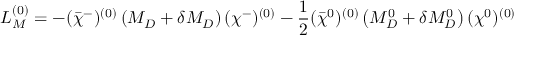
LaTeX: { \cal L } _ { M } ^ { ( 0 ) } = - ( \bar { \chi } ^ { - } ) ^ { ( 0 ) } \left( M _ { D } + \delta M _ { D } \right) ( \chi ^ { - } ) ^ { ( 0 ) } - \frac { 1 } { 2 } ( \bar { \chi } ^ { 0 } ) ^ { ( 0 ) } \left( M _ { D } ^ { 0 } + \delta M _ { D } ^ { 0 } \right) ( \chi ^ { 0 } ) ^ { ( 0 ) }